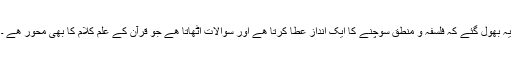
یہ بھول گئے کہ فلسفہ و منطق سوچنے کا ایک انداز عطا کرتا ھے اور سوالات اٹھاتا ھے جو قرآن کے علم کلام کا بھی محور ھے ۔